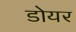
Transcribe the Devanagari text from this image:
डोयर